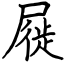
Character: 屣